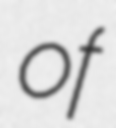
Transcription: of